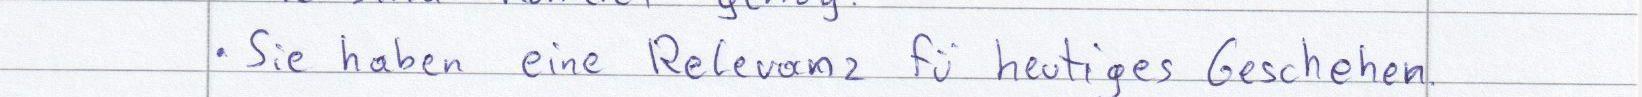
Sie haben eine Relevanz fü heutiges Geschehen.